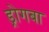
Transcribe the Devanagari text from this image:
ड्रोगबा